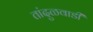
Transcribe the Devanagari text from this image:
तांदुळवाडी